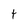
Character: t